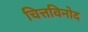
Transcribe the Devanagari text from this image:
चित्तविनोद